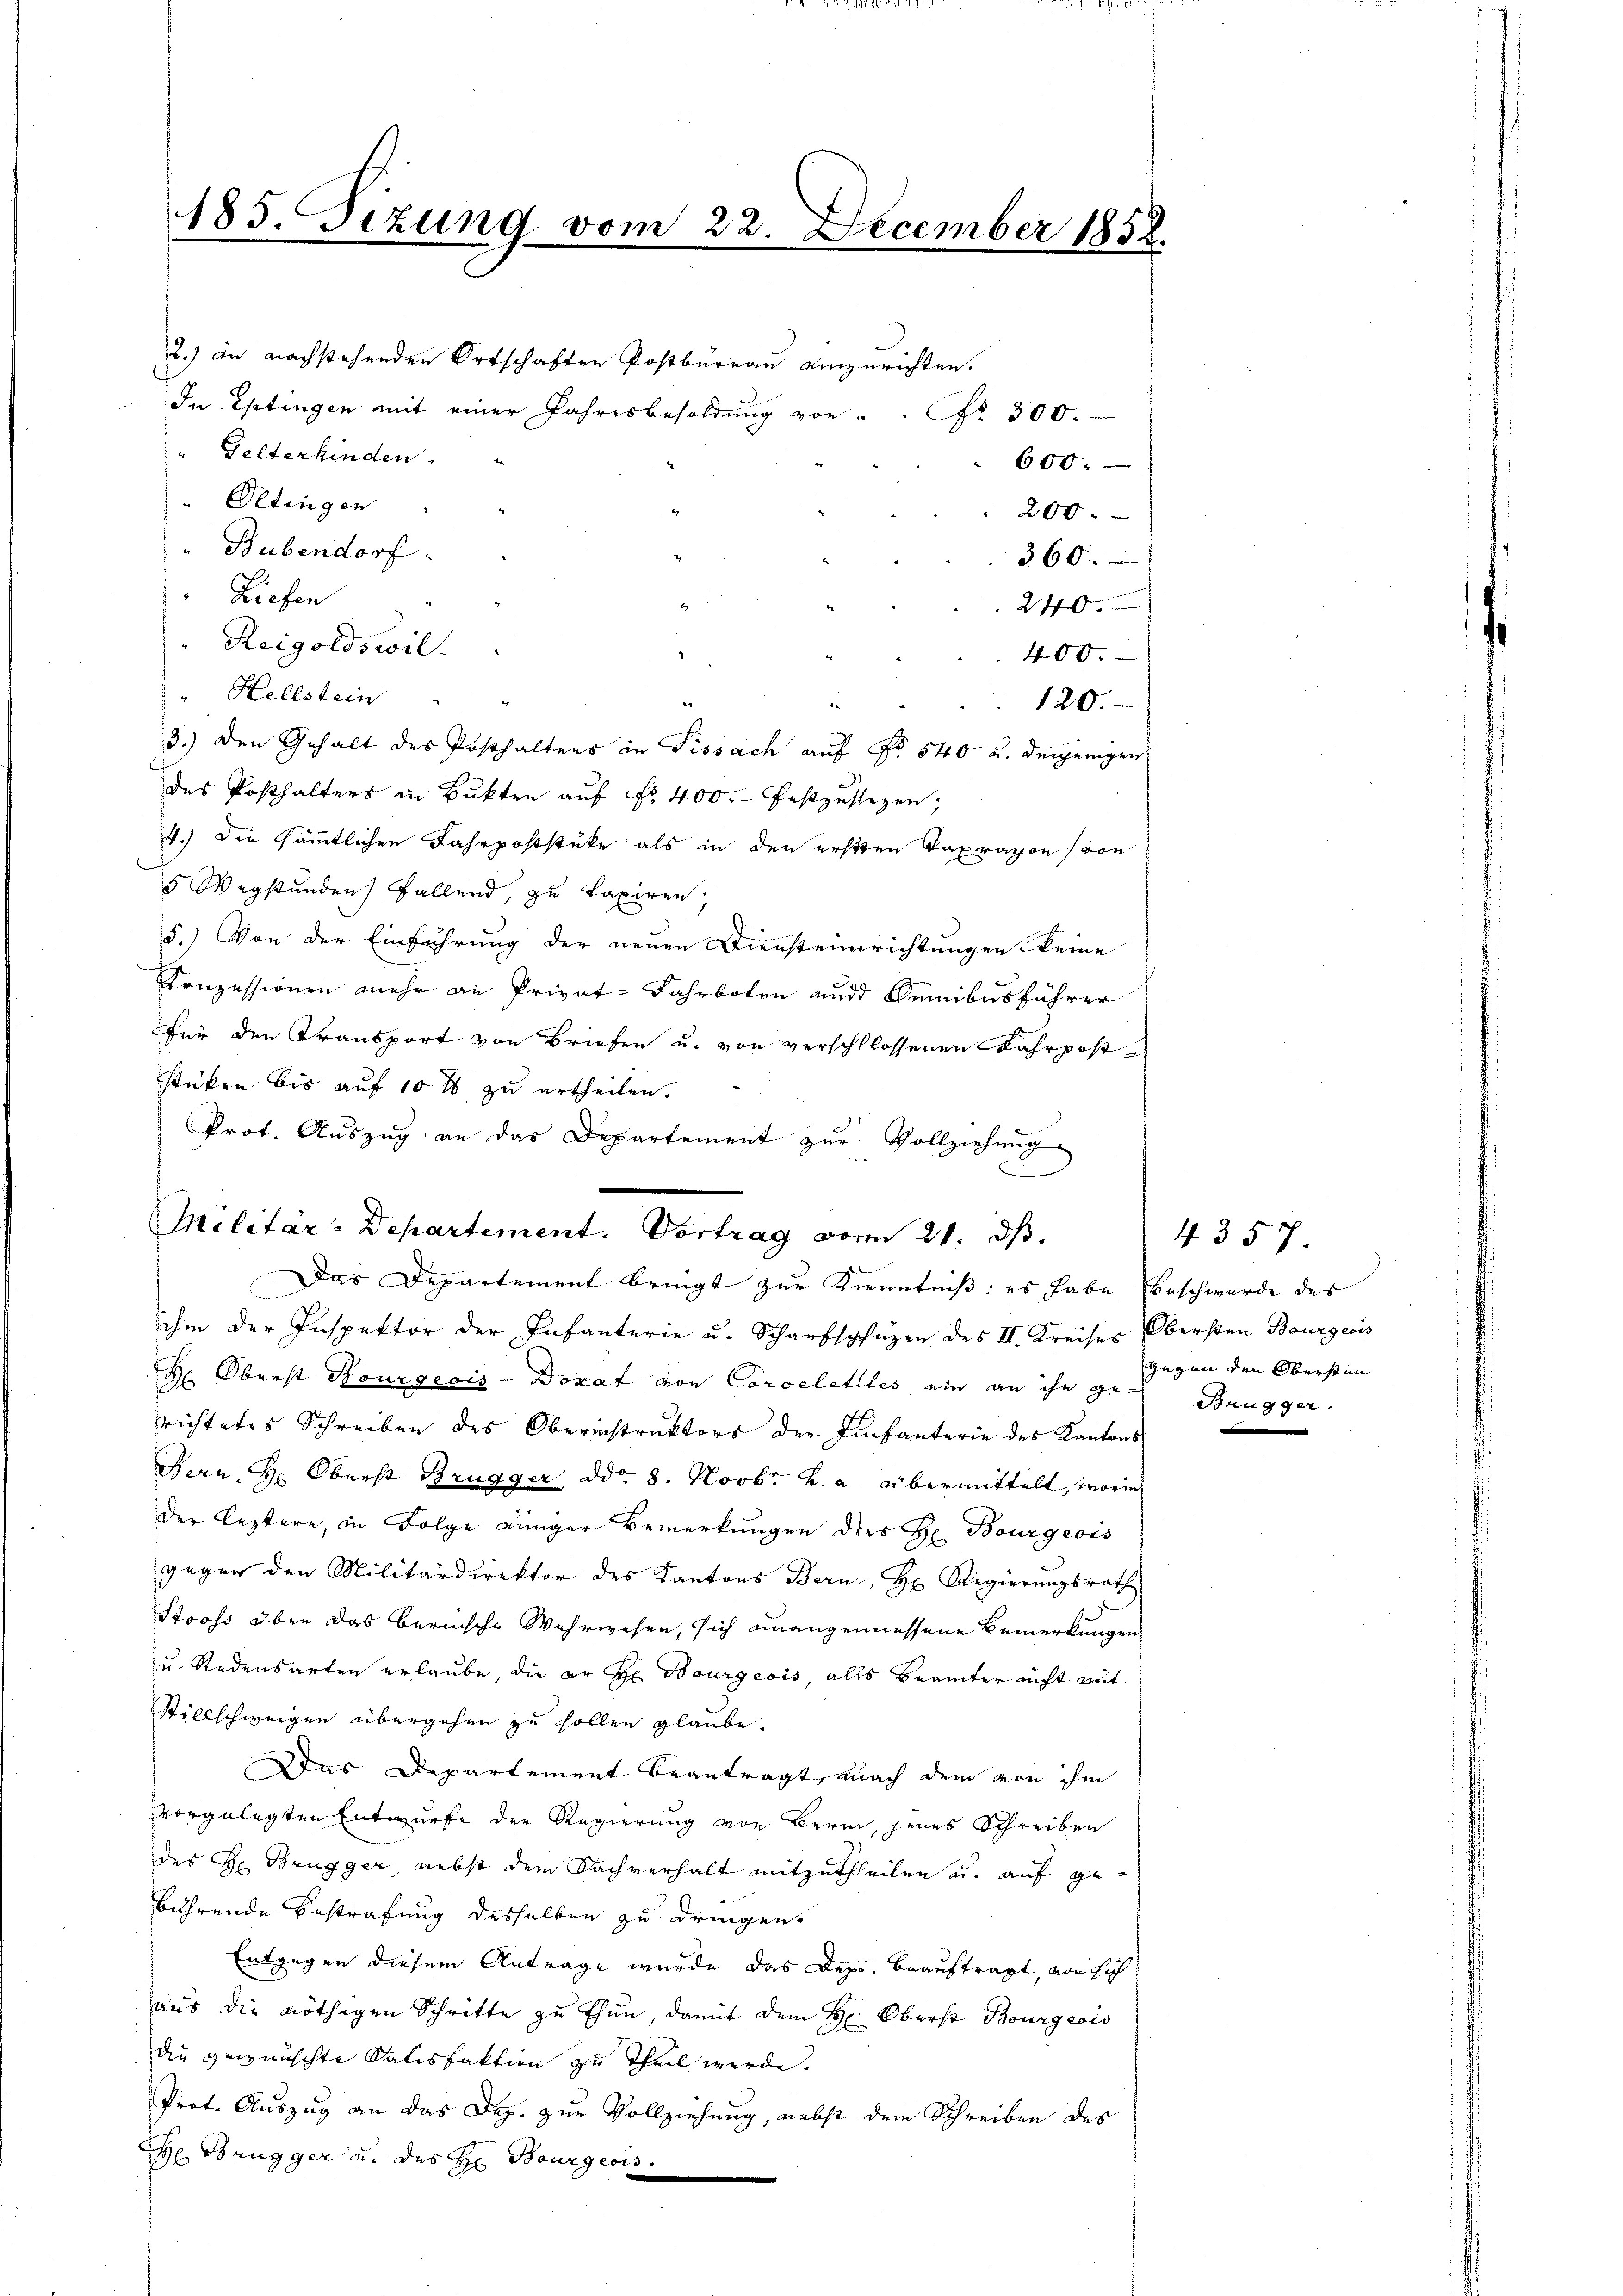
185. Fizung vom 22. December 1852.

2.) in nachstehenden Ortschaften Postbureau einzurichten.
In Eptingen mit einer Jahresbesoldung von . Nr. 300.
Gelterkinden.
600.
"Oetingen
200.
Bubendorf
360.
" Lieben
24
" Reigoldswil.
400.
"Hellstein
die
120.
3.) Den Gehalt des Posthalters in Fissach auf Nr. 540 u. denjenigen
des Posthalters in Bukten auf Fr. 400. festzustehen,
4.) Die sämmtlichen Fahrpoststüke als in den ersten Taxraxon (von
5 Wegstunden Fallend, zu taxiren,
5.) Von der Einführung der neuen Diensteinrichtungen keine
Konzessionen mehr an Privat-Fahrboten und Remibusführer
für den Transport von Briefen u. von verschlossenen Fahrpost
stüken bis auf 10 l zu ertheilen.
Prot. Aŭszŭg an das Departement zŭr Vollziehung
Das Departement bringt zur Kenntniß: es habe Beschwerde des
b
ihm der Inspektor der Infanterie u. Scharfspüzen des II. Kreises Obersten Baurgecis
H. Oberst Bourgeris - Donat von Corceletiles, ein an ihn zu gegen den Obersten
richtetes Schreiben des Oberinstruktors der Einfanterie des Kantons
Bern, Hr. Oberst Brugger, ddo. 8. Novbr. v. a. übermittelt, worin
der leztere, in Folge einiger Bemerkungen dies H. Bourgeois
gegen den Militärdirektor des Kantons Bern, Hr. Regierungsrath
Stooss über das bernische Wehrwesen, sich unangemessene Bemerkungen
u. Redensarten erlaube, die er Hr. Bourgeois, alls Beamter nicht mit
Stillschweigen übergehen zu sollen glaube.
Das Departement beantragt, nach dem von ihm
vorgelegten Entwurfe der Regierung von Bern, jenes Schreiben
des H: Brugger, nebst dem Sachverhalt mitzutheilen u. auf gebührende Bestrafung desselben zu dringen.
Entgegen diesem Antrage wurde das Dep. beauftragt, von sich
aus die nöthigen Schritte zu thun, damit dem H: Oberst Bourgeois
die gewünschte Satisfaktion zu Theil werde.
Prot. Auszug an das Dep. zur Vollziehung, nebst dem Schreiben des
H Brugger u. des H. Bourgeois.

Militär-Departement. Vortrag vom 21. ds.

4357
Brugger.